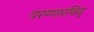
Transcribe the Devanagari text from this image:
परम्पारविद्